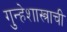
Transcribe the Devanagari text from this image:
गुन्हेशास्त्राची